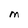
Character: M